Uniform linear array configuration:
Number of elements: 8
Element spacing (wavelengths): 0.75
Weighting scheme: kaiser
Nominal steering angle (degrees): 15
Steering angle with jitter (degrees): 14.21
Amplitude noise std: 0.05
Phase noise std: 0.05

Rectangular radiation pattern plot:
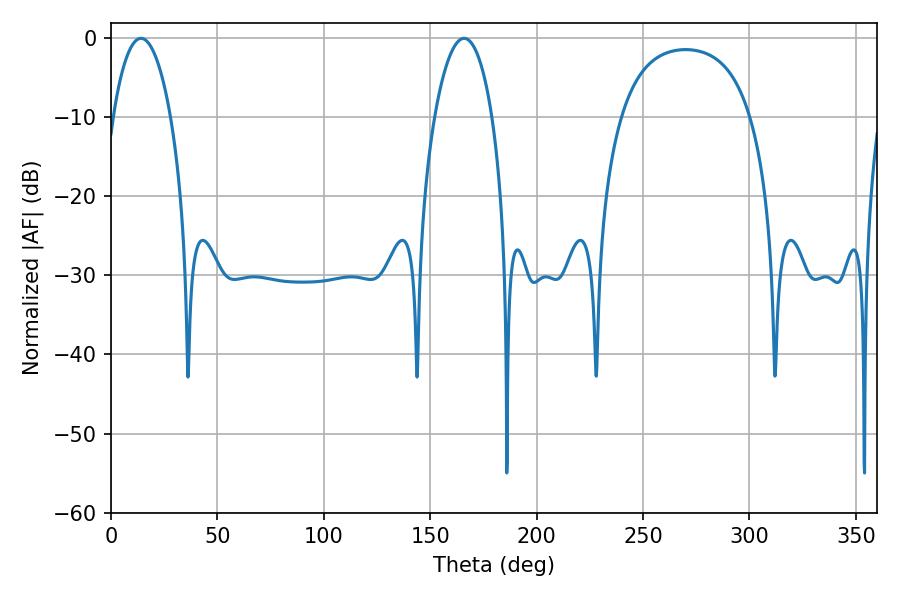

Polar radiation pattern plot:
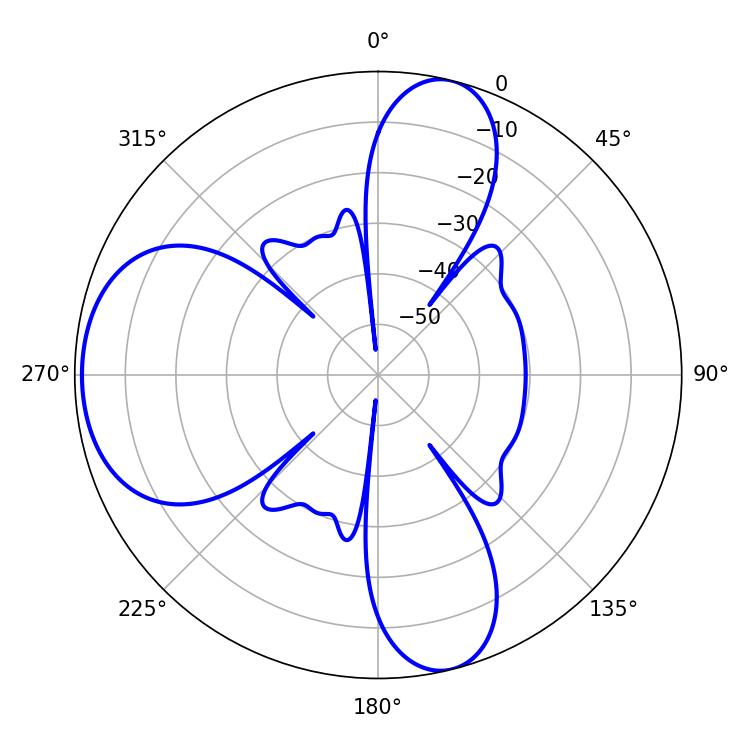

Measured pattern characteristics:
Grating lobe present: TRUE
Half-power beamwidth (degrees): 15.12
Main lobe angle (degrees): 14.04